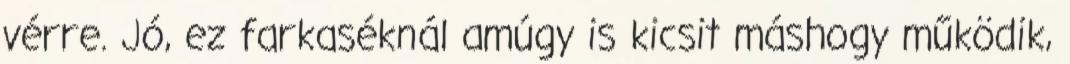
vérre. Jó, ez farkaséknál amúgy is kicsit máshogy működik,